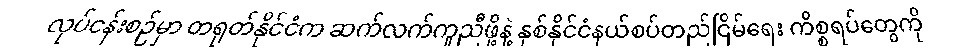
လုပ်ငန်းစဉ်မှာ တရုတ်နိုင်ငံက ဆက်လက်ကူညီဖို့နဲ့ နှစ်နိုင်ငံနယ်စပ်တည်ငြိမ်ရေး ကိစ္စရပ်တွေကို